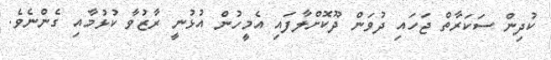
ކުދިން ސަކަރާތް ޖަހައި ދުވަން ދޫކޮށްލާފައި އެމީހުން އުޅުނީ ރާޒުވާ ކުޅުމާއި ގެންނެވެ.